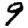
Digit: 9